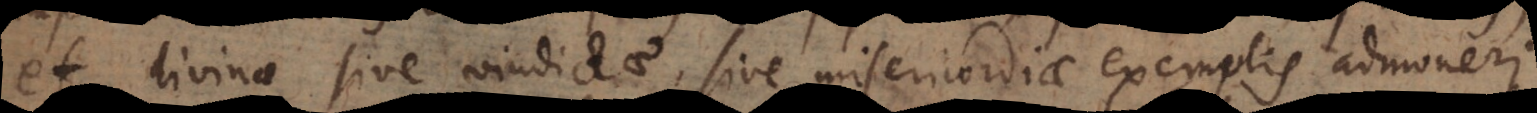
et divinae sive vindictae, sive misericordiae exemplis admoneri.